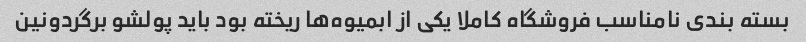
بسته بندی نامناسب فروشگاه کاملا یکی از ابمیوه‌ها ریخته بود باید پولشو برگردونین